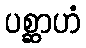
ပစ္ဆာဟံ